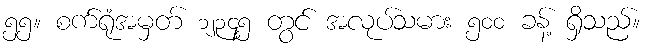
၅၅။ စက်ရုံအမှတ် ၁၂၃၄၅ တွင် အလုပ်သမား ၅၀၀ ခန့် ရှိသည်။